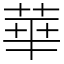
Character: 華